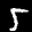
Label: 5